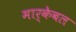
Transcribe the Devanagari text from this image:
मार्केबल